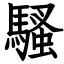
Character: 騷